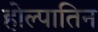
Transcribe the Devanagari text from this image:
होल्पातिन